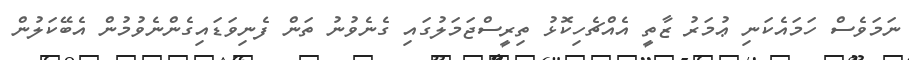
ނަމަވެސް ހަމައެކަނި ޢުމަރު ޒާތީ އެއްޗެހިކޮޅު ތިރީސްޖަމަލުގައި ގެނެވުނު ތަން ފެނިވަޑައިގެންނެވުމުން އެބޭކަލުން